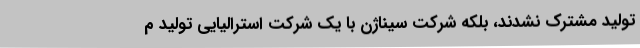
تولید مشترک نشدند، بلکه شرکت سیناژن با یک شرکت استرالیایی تولید م